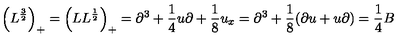
\left( L ^ { \frac { 3 } { 2 } } \right) _ { + } = \left( L L ^ { \frac { 1 } { 2 } } \right) _ { + } = \partial ^ { 3 } + { \frac { 1 } { 4 } } u \partial + { \frac { 1 } { 8 } } u _ { x } = \partial ^ { 3 } + { \frac { 1 } { 8 } } ( \partial u + u \partial ) = { \frac { 1 } { 4 } } B